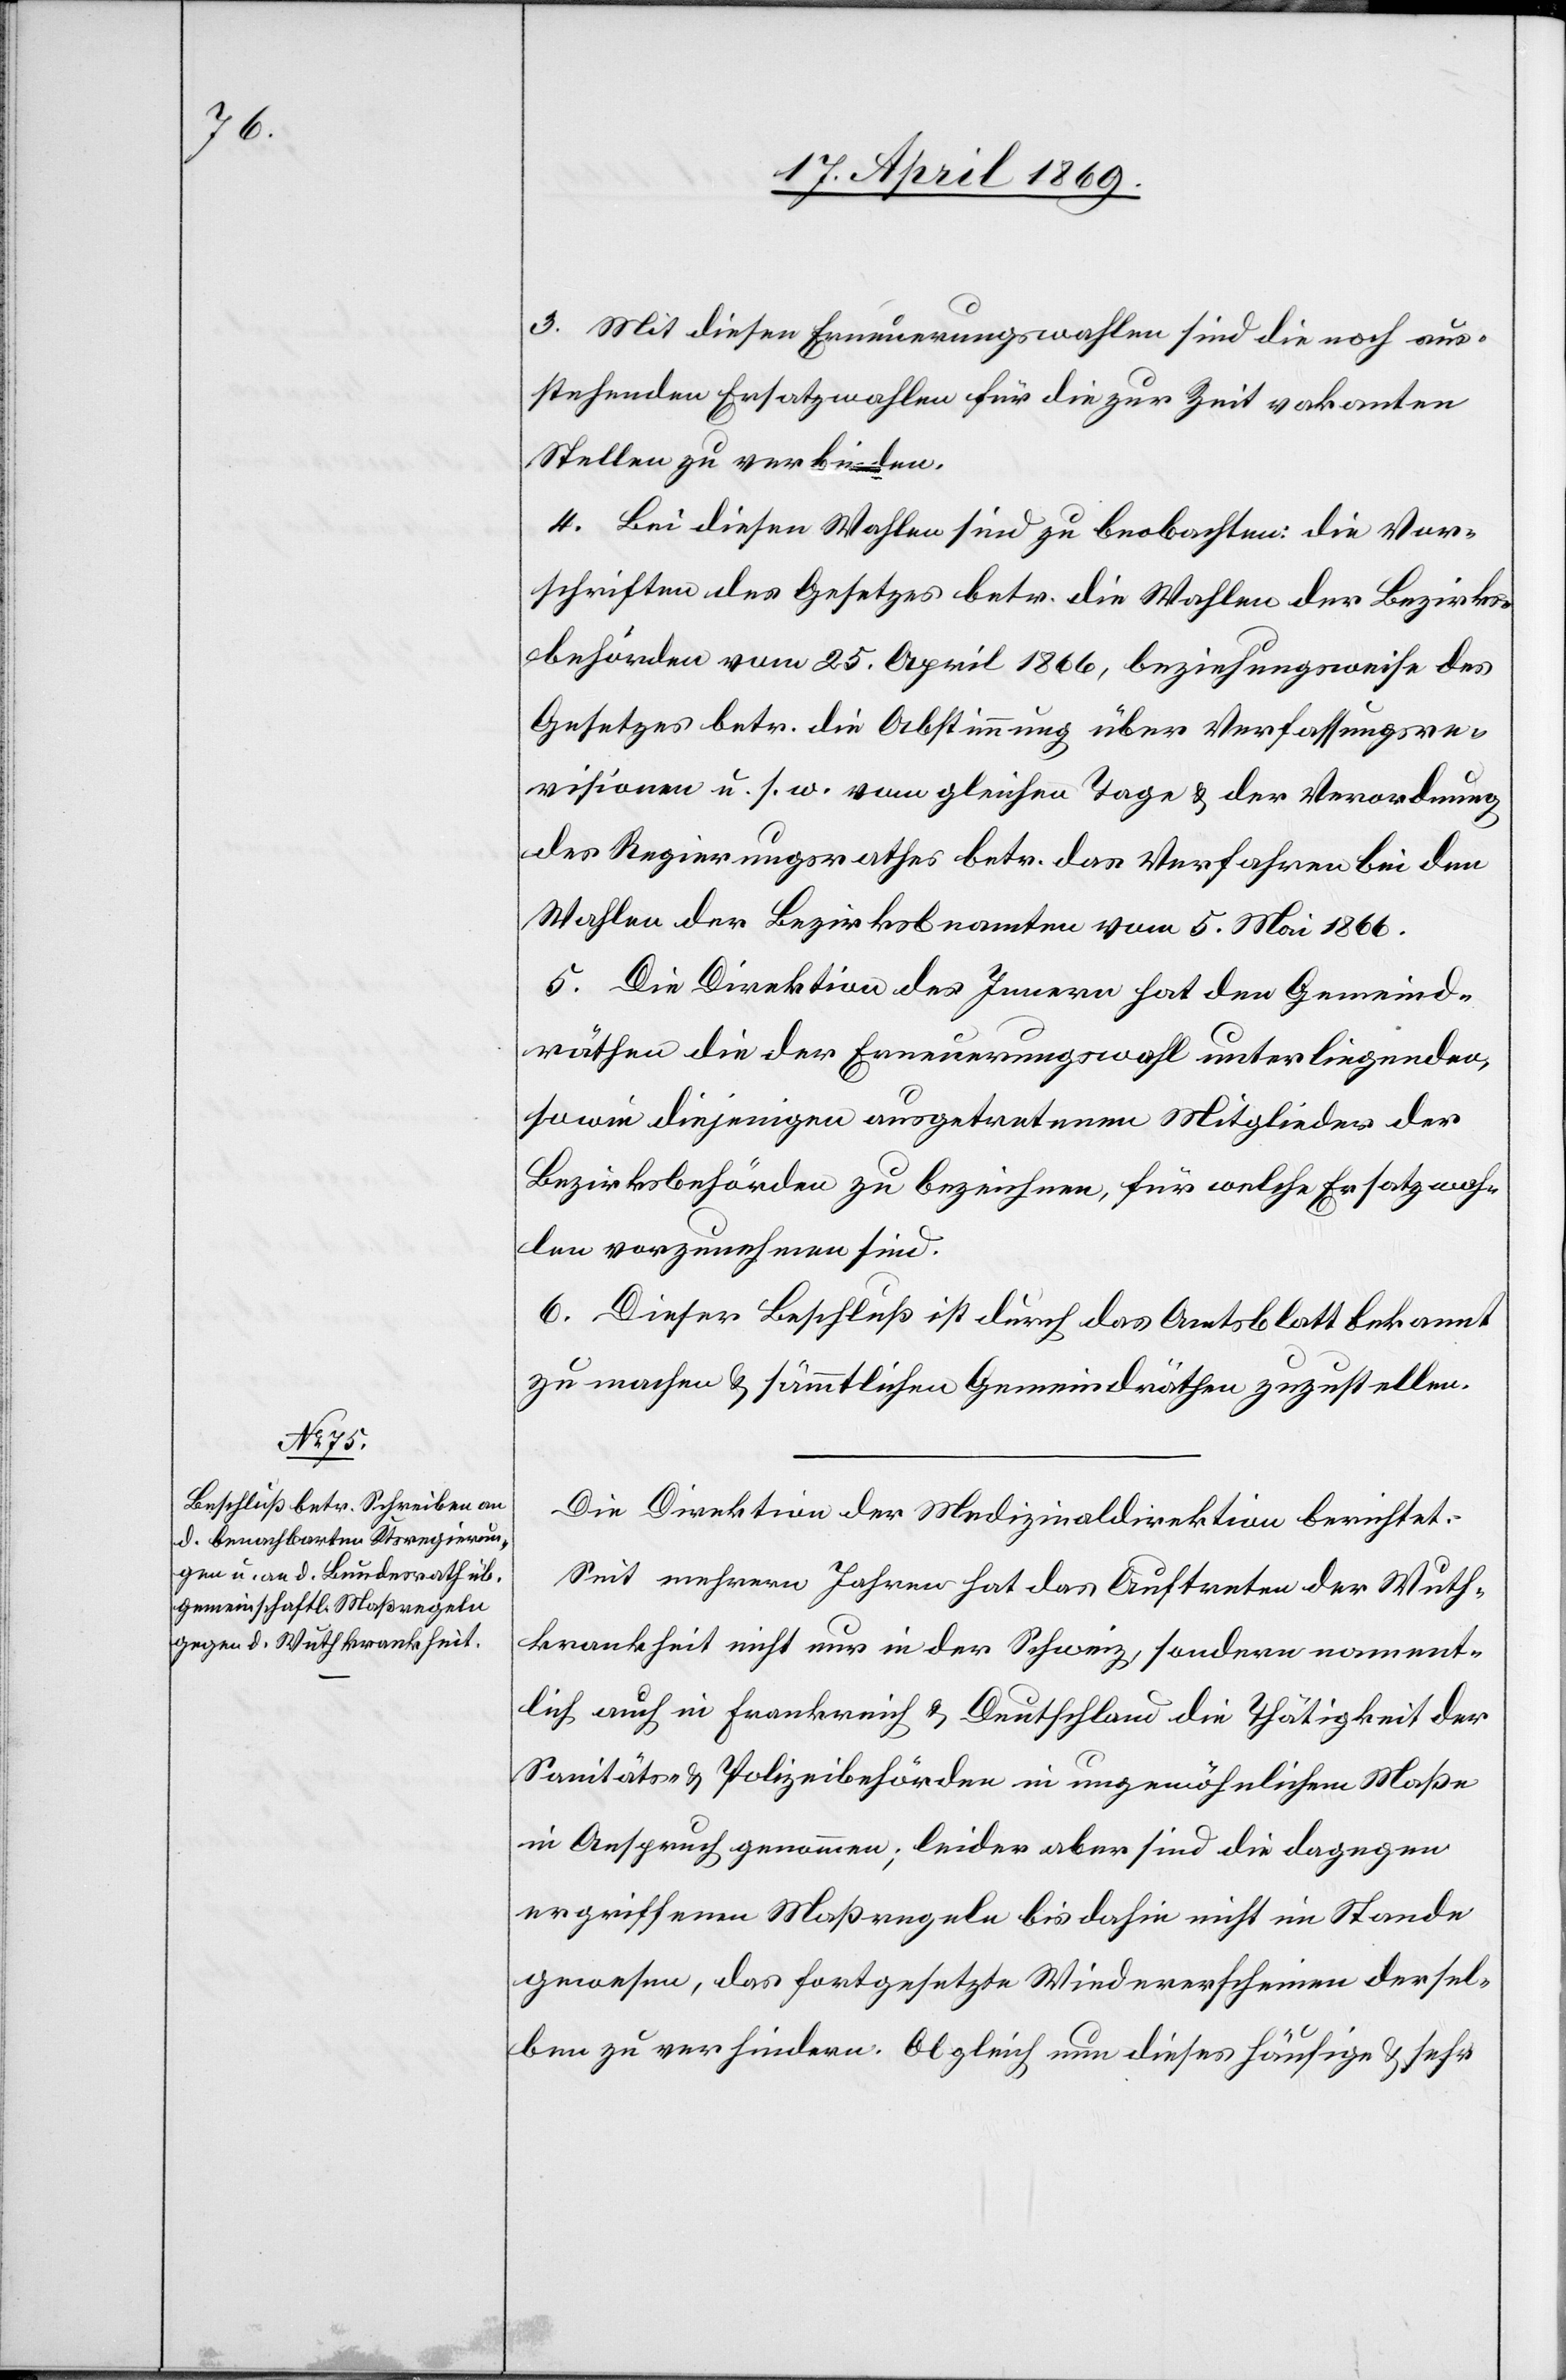
3. Mit diesen Erneuerungswahlen sind die noch aus¬
stehenden Ersatzwahlen für die zur Zeit vakanten
Stellen zu verbinden.
4. Bei diesen Wahlen sind zu beobachten: die Vor¬
schriften des Gesetzes betr. die Wahlen der Bezirks¬
behörden vom 25. April 1866, beziehungsweise des
Gesetzes betr. die Abstimmung über Verfassungsre¬
visionen u. s. w. vom gleichen Tage u. der Verordnung
des Regierungsrathes betr. das Verfahren bei den
Wahlen der Bezirksbeamten vom 5. Mai 1866.
5. Die Direktion des Innern hat den Gemeind¬
räthen die der Erneuerungswahl unterliegenden
sowie diejenigen ausgetretenen Mitglieder der
Bezirksbehörden zu bezeichnen, für welche Ersatzwah¬
len vorzunehmen sind.
6. Dieser Beschluß ist durch das Amtsblatt bekannt
zu machen u. sämmtlichen Gemeindräthen zuzustellen.
Die Direktion der Medizinaldirektion [sic!] berichtet:
Seit mehreren Jahren hat das Auftreten der Wuth¬
krankheit nicht nur in der Schweiz, sondern nament¬
lich auch in Frankreich u. Deutschland die Thätigkeit der
Sanitäts- u. Polizeibehörden in ungewöhnlichem Maße
in Anspruch genommen; leider aber sind die dagegen
ergriffenen Maßregeln bis dahin nicht im Stande
gewesen, das fortgesetzte Wiedererscheinen dersel¬
ben zu verhindern. Obgleich nun dieses häufige u. sehr